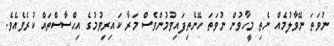
ނުވަތަ ނޭވާލުމެއް ނެތި މީހާވުން ނުވަތަ ހޭނެތިފައިވުމުންވެސް މަރާ ކައިރިވުމުގެ އިޙްސާސްތައް ކުރެވެއެވެ.